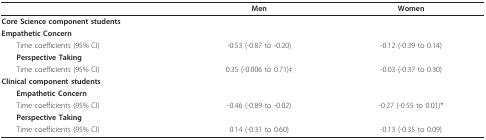
|  | Men | Women |
 | --- | --- | --- |
 | <COLSPAN=2> Core Science component students |  |
 | <COLSPAN=2> Empathetic Concern |  |
 | Time coefficients (95% CI) | -0.53 (-0.87 to -0.20) | -0.12 (-0.39 to 0.14) |
 | Perspective Taking |  |  |
 | Time coefficients (95% CI) | 0.35 (-0.006 to 0.71)‡ | -0.03 (-0.37 to 0.30) |
 | <COLSPAN=3> Clinical component students |
 | <COLSPAN=2> Empathetic Concern |  |
 | Time coefficients (95% CI) | -0.46 (-0.89 to -0.02) | -0.27 (-0.55 to 0.01)* |
 | <COLSPAN=3> Perspective Taking |
 | Time coefficients (95% CI) | 0.14 (-0.31 to 0.60) | -0.13 (-0.35 to 0.09) |